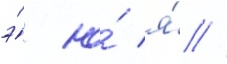
э́ ю́ я́ //